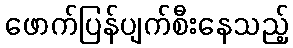
ဖောက်ပြန်ပျက်စီးနေသည့်